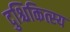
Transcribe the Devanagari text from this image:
दुश्चिकित्स्य